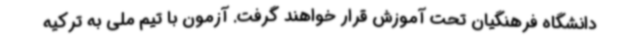
دانشگاه فرهنگیان تحت آموزش قرار خواهند گرفت. آزمون با تیم ملی به ترکیه